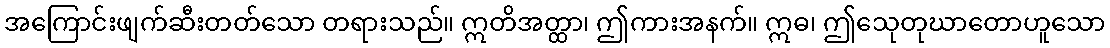
အကြောင်းဖျက်ဆီးတတ်သော တရားသည်။ ဣတိအတ္ထာ၊ ဤကားအနက်။ ဣဓ၊ ဤသေုတုဃာတောဟူသော